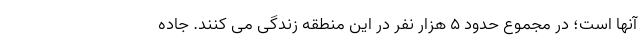
آنها است؛ در مجموع حدود ۵ هزار نفر در این منطقه زندگی می کنند. جاده